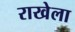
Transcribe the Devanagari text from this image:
राखेला